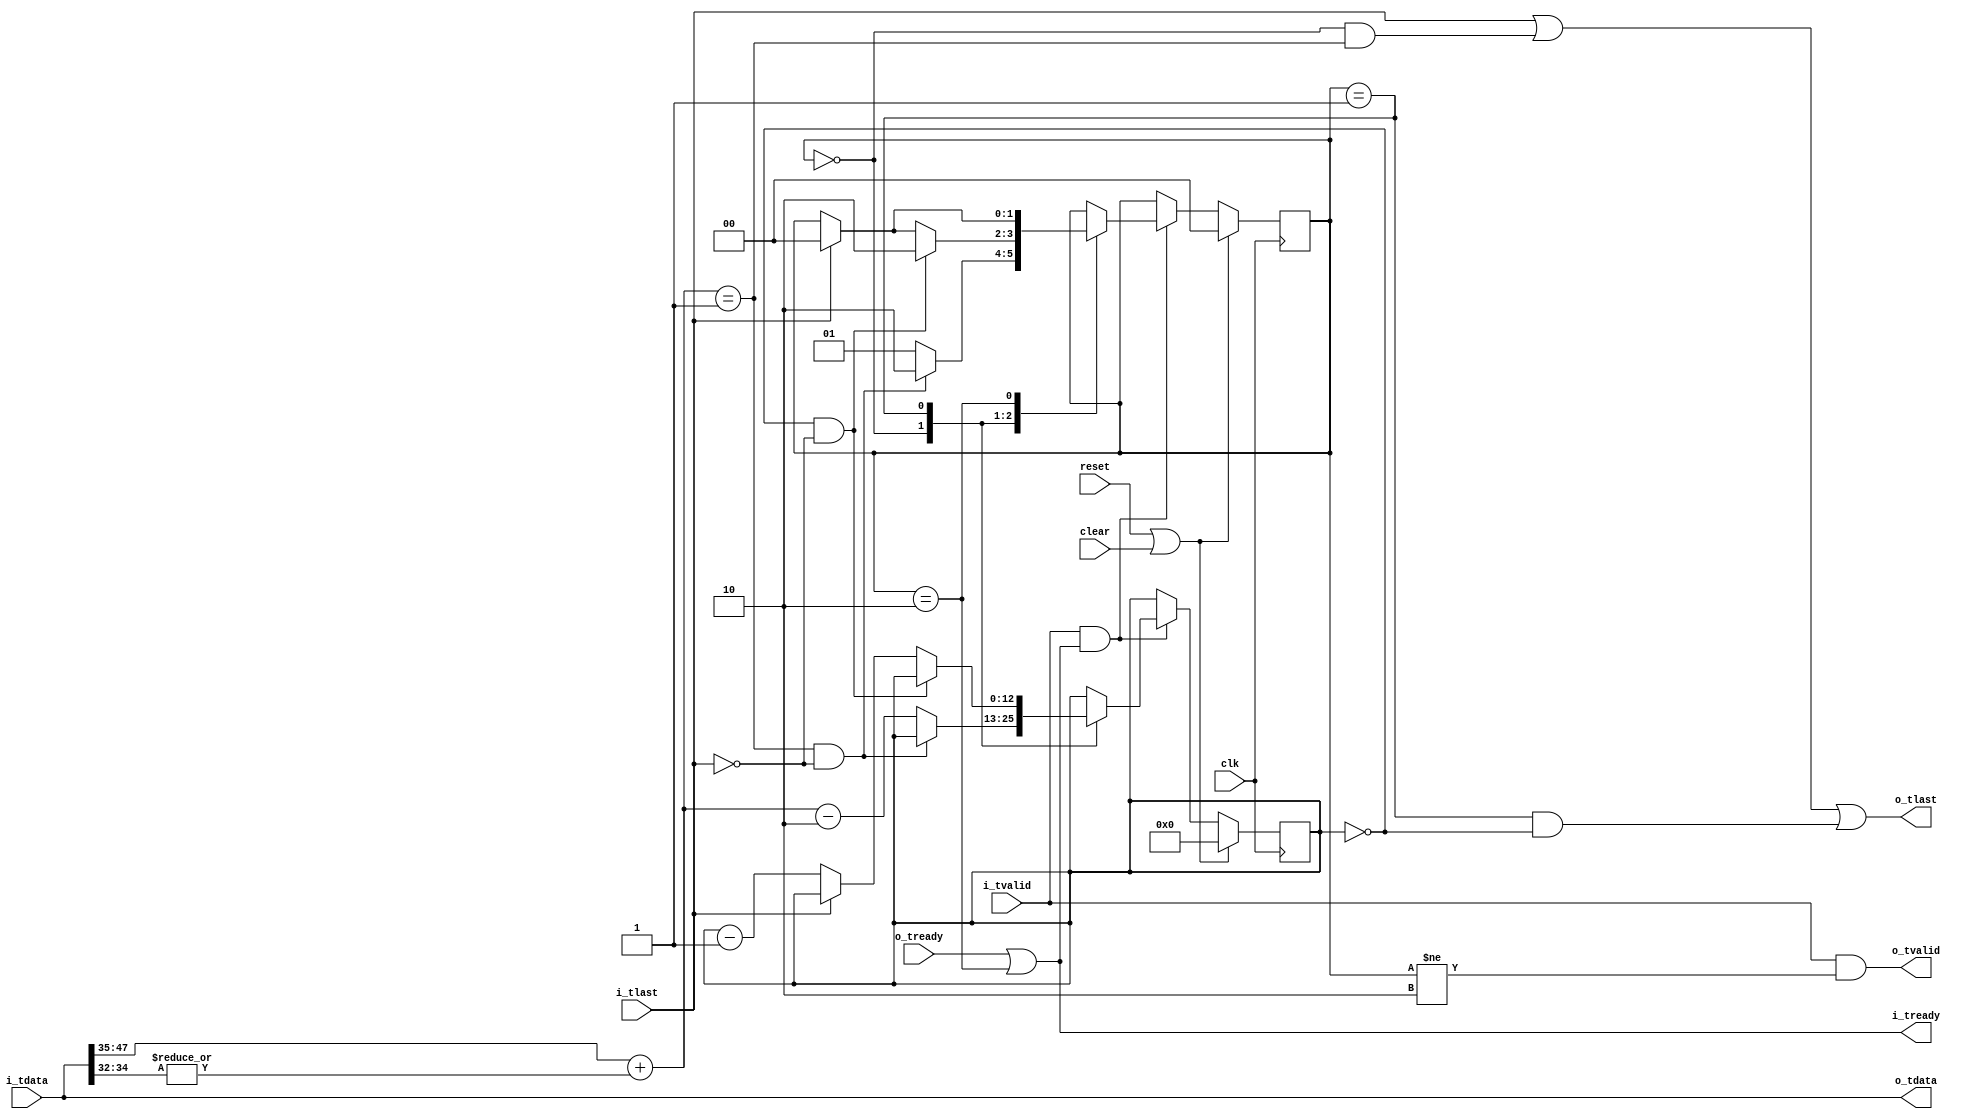

// Copyright 2015 Ettus Research
// Copyright 2018 Ettus Research, a National Instruments Company
//
// SPDX-License-Identifier: LGPL-3.0-or-later

module fix_short_packet
  (input clk, input reset, input clear,
   input [63:0] i_tdata, input i_tlast, input i_tvalid, output i_tready,
   output [63:0] o_tdata, output o_tlast, output o_tvalid, input o_tready);

   reg [12:0] 	 lines_left;

   reg [1:0] 	 state;
   localparam ST_CHDR =   2'd0;
   localparam ST_PACKET = 2'd1;
   localparam ST_DUMP =   2'd2;
   
   wire 	 lastline = (lines_left == 0);
   wire [12:0] 	 packet_length = i_tdata[47:35] + (|i_tdata[34:32]);
   
   always @(posedge clk)
     if(reset | clear)
       begin
	  state <= ST_CHDR;
	  lines_left <= 13'd0;
       end
     else
       if(i_tvalid & i_tready)
	 case(state)
	   ST_CHDR :
	     if((packet_length == 1) && ~i_tlast)  // First line is valid, dump rest
	       state <= ST_DUMP;
	     else
	       begin
		  lines_left <= packet_length - 2;
		  state <= ST_PACKET;
	       end
	   
	   ST_PACKET :
	     if(lastline & ~i_tlast)
	       state <= ST_DUMP;
	     else if(i_tlast)
	       state <= ST_CHDR;
	     else
	       lines_left <= lines_left - 1;
	   
	   ST_DUMP :
	     if(i_tlast)
	       state <= ST_CHDR;
	 endcase // case (state)
   
   assign o_tdata = i_tdata;
   assign o_tlast = i_tlast | ((state == ST_CHDR) & (packet_length == 1)) | ((state == ST_PACKET) & lastline);
   assign o_tvalid = i_tvalid & (state != ST_DUMP);

   assign i_tready = o_tready | (state == ST_DUMP);
   
endmodule // fix_short_packet